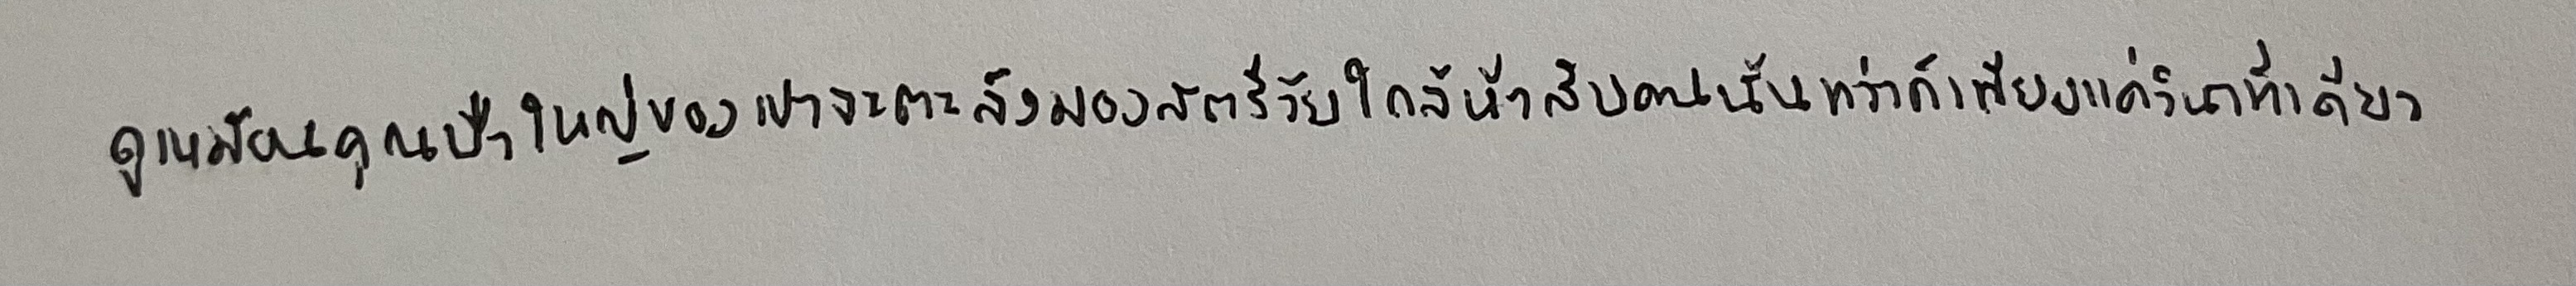
ดูเหมือนคุณป้าใหญ่ของเขาจะตะลึงมองสตรีวัยใกล้ห้าสิบคนนั้นทว่าก็เพียงแค่วินาทีเดียว